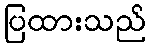
ပြထားသည်